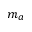
m _ { a }